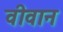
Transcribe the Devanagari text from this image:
वीवान